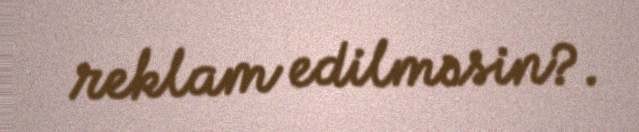
reklam edilməsin?.